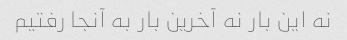
نه این بار نه آخرین بار به آنجا رفتیم